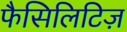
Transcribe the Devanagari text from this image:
फैसिलिटिज़